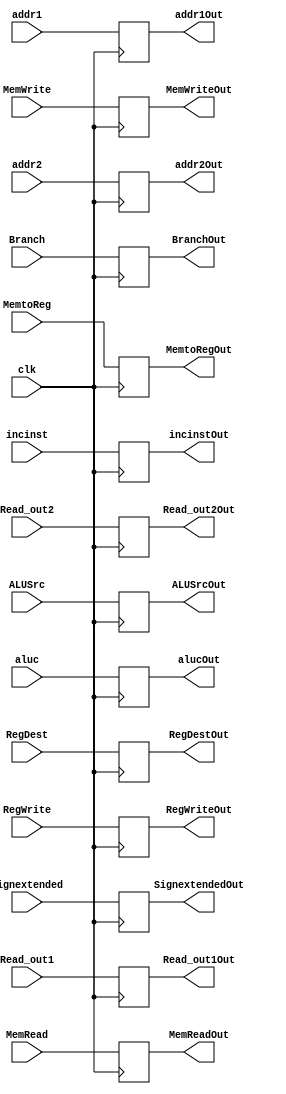
`timescale 1ns / 1ps

module IDEXERegister(BranchOut, MemReadOut ,MemtoRegOut, MemWriteOut, ALUSrcOut,RegWriteOut,RegDestOut,
alucOut,Read_out1Out, Read_out2Out,SignextendedOut,incinstOut,addr1Out,addr2Out,Branch, MemRead ,MemtoReg, MemWrite,
ALUSrc,RegWrite,RegDest,clk,aluc,Read_out1,Read_out2,Signextended,incinst,addr1,addr2);
    input Branch, MemRead ,MemtoReg, MemWrite, ALUSrc,RegWrite,RegDest,clk;
    input [2:0] aluc;
    input [31:0] Read_out1, Read_out2,Signextended,incinst; 
	input [4:0] addr1,addr2;
    output reg BranchOut, MemReadOut ,MemtoRegOut, MemWriteOut, ALUSrcOut,RegWriteOut,RegDestOut;
    output reg [2:0] alucOut;
    output reg [31:0] Read_out1Out, Read_out2Out,SignextendedOut,incinstOut;
	output reg [4:0] addr1Out,addr2Out;


always @ (posedge clk)
begin
	BranchOut<=Branch;//mem
	MemReadOut<=MemRead;//mem
	MemWriteOut<=MemWrite;//mem
	MemtoRegOut<=MemtoReg;//wb
	
	RegWriteOut<=RegWrite;//dec
	
	ALUSrcOut<=ALUSrc;//exec
	RegDestOut<=RegDest;//exec
	alucOut<=aluc;//exec
	Read_out1Out<=Read_out1;//exec
	Read_out2Out<=Read_out2;//exec
	SignextendedOut<=Signextended;//exec
	incinstOut<=incinst;//exec
	addr1Out<=addr1;//exec
	addr2Out<=addr2;//exec
end

endmodule